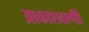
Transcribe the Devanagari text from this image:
आकाशवाणीी